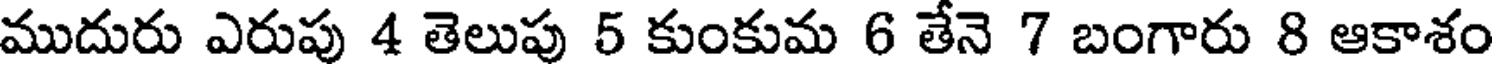
ముదురు ఎరుపు 4 తెలుపు 5 కుంకుమ 6 తేనె 7 బంగారు 8 ఆకాశం